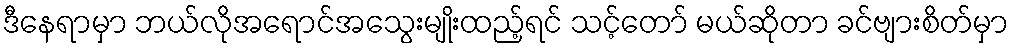
ဒီနေရာမှာ ဘယ်လိုအရောင်အသွေးမျိုးထည့်ရင် သင့်တော် မယ်ဆိုတာ ခင်ဗျားစိတ်မှာ